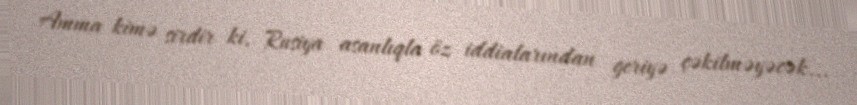
Amma kimə sirdir ki, Rusiya asanlıqla öz iddialarından geriyə çəkilməyəcək...